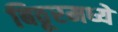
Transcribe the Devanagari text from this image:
बिठूरमध्ये